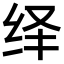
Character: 绎